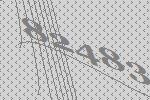
82483